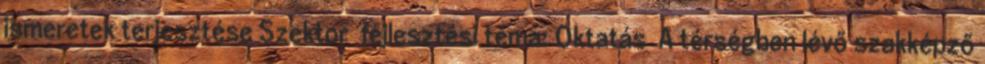
ismeretek terjesztése Szektor fejlesztési téma: Oktatás ▪A térségben lévő szakképző